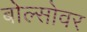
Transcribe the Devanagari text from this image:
बोल्सोवर